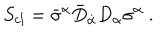
S _ { c l } = \bar { \sigma } ^ { \dot { \alpha } } \bar { D } _ { \dot { \alpha } } D _ { \alpha } \sigma ^ { \alpha } \ .